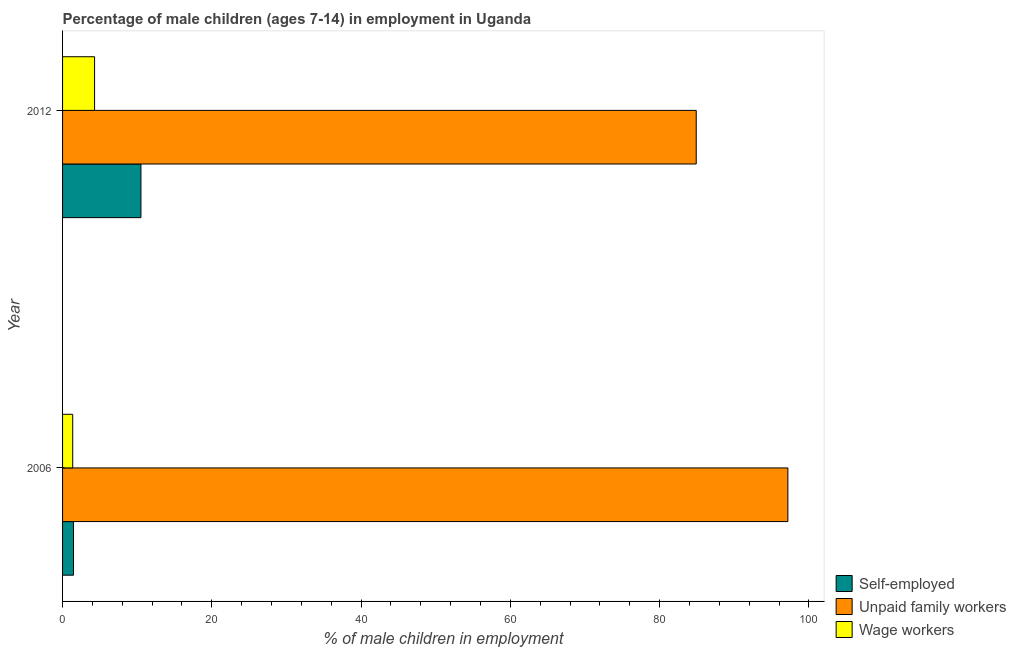
| Year | Self-employed | Unpaid family workers | Wage workers |
 | --- | --- | --- | --- |
 | 2006 | 1.46 | 97.2 | 1.36 |
 | 2012 | 10.5 | 84.9 | 4.29 |